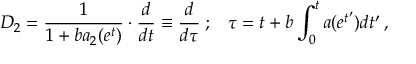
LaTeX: { \cal D } _ { 2 } = \frac { 1 } { 1 + b a _ { 2 } ( e ^ { t } ) } \cdot \frac { d } { d t } \equiv \frac { d } { d \tau } \; ; \; \; \; \tau = t + b \int _ { 0 } ^ { t } a ( e ^ { t ^ { \prime } } ) d t ^ { \prime } \, ,